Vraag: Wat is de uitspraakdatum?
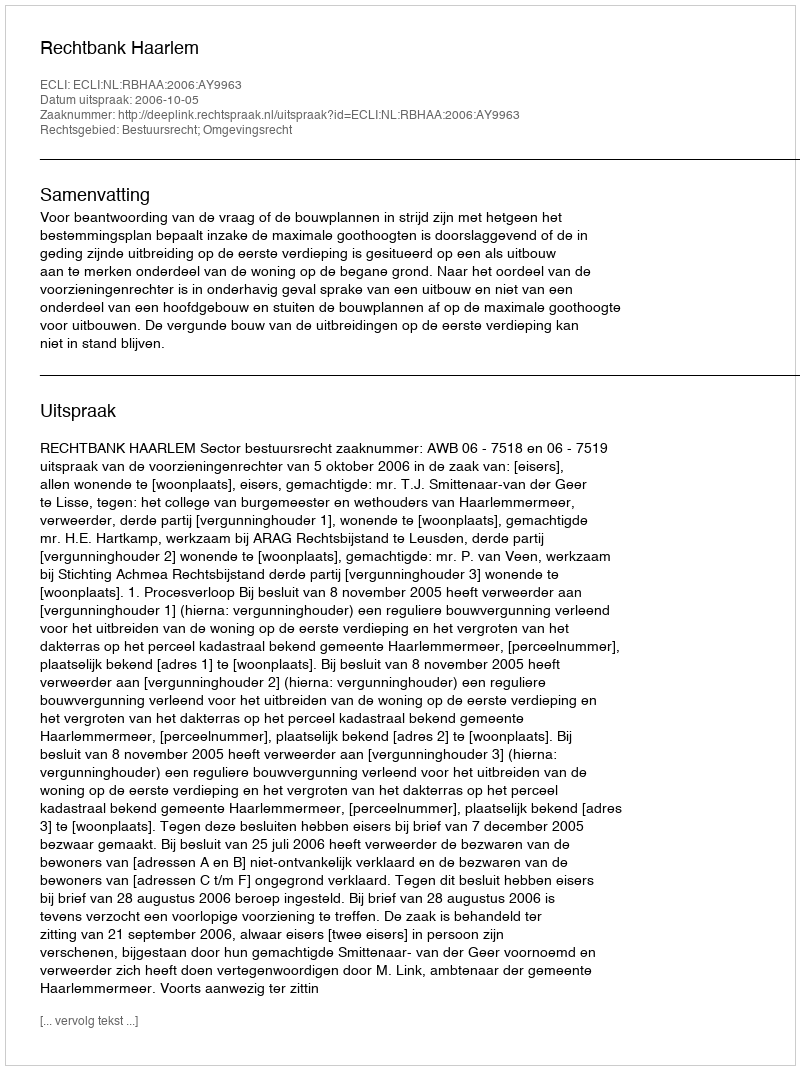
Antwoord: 2006-10-05